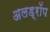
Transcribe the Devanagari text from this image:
अलड्रॉप